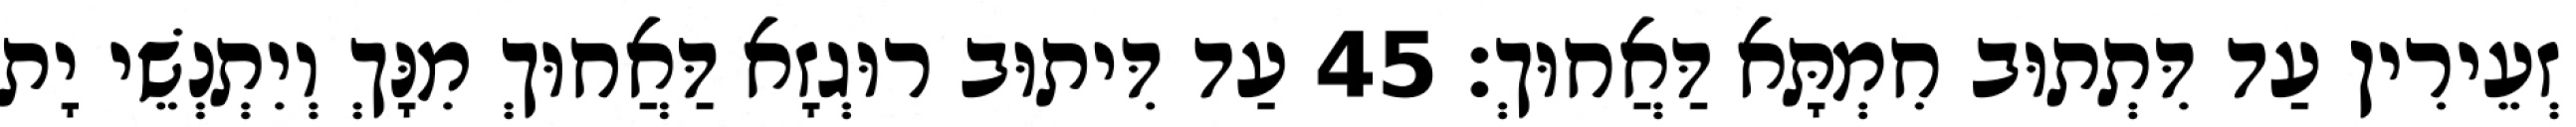
זְעֵירִין עַד דִּתְתוּב חִמְתָּא דַּאֲחוּךְ׃ 45 עַד דִּיתוּב רוּגְזָא דַּאֲחוּךְ מִנָּךְ וְיִתְנְשֵׁי יָת